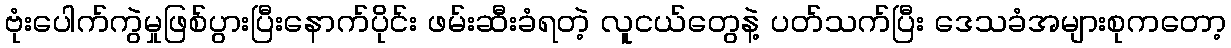
ဗုံးပေါက်ကွဲမှုဖြစ်ပွားပြီးနောက်ပိုင်း ဖမ်းဆီးခံရတဲ့ လူငယ်တွေနဲ့ ပတ်သက်ပြီး ဒေသခံအများစုကတော့